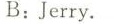
B:Jerry.